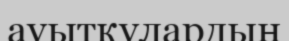
ауытқулардың